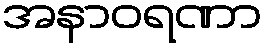
အနာဝရဏာ